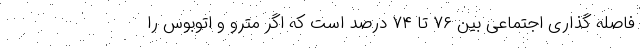
فاصله گذاری اجتماعی بین ۷۶ تا ۷۴ درصد است که اگر مترو و اتوبوس را